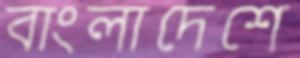
বাংলাদেশে